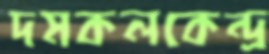
দমকলকেন্দ্র